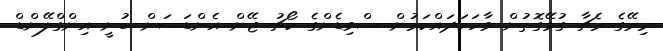
މިރޭގެ މެޗާ ގުޅޭގޮތުން ވާހަކަދައްކަމުން ސްވިޑެންގެ ކޯޗު ޖޭން އެންޑަސަން ބުނީ އިންގްލޭންޑް